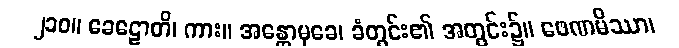
၂၁၀။ ခေဠောတိ၊ ကား။ အန္တောမုခေ၊ ခံတွင်း၏ အတွင်း၌။ ဖေဏမိဿာ၊